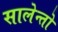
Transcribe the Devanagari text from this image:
सालेन्तो